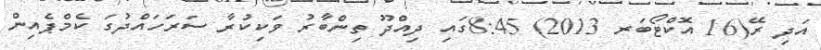
އަދި ރޭ(16 އޮކްޓޯބަރ 2013) 8:45ގައި ދިއްދޫ ތިންބާރު ވަކިކުރާ ސަރަހައްދުގަ ކެމްޕެއިން